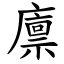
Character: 廪